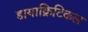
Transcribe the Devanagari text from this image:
डायाक्रिटिकल